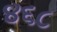
૪૬૮